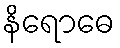
နိရောဓေ